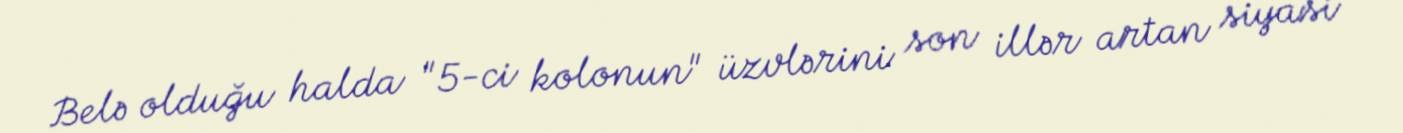
Belə olduğu halda "5-ci kolonun" üzvlərini son illər artan siyasi